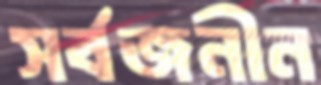
সর্বজনীন